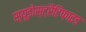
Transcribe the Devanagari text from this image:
स्यूडोस्ट्रैटिफ़ाइड